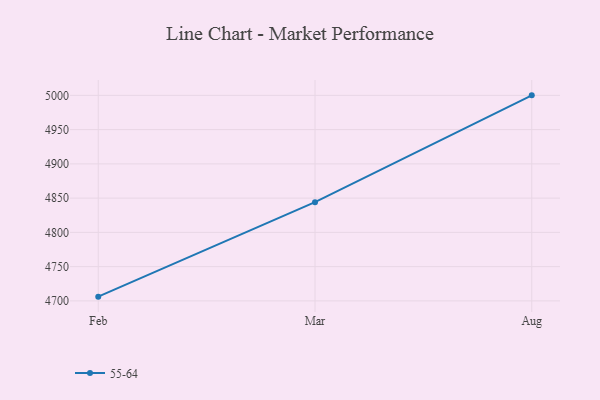
{"axis": {"x": "Month", "y": "Operating Costs (USD K)"}, "legend": ["55-64"], "data": [{"x": "Feb", "y": 4706.2, "type": "55-64"}, {"x": "Mar", "y": 4844.1, "type": "55-64"}, {"x": "Aug", "y": 5000, "type": "55-64"}]}